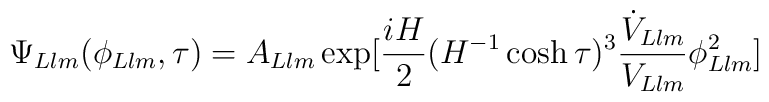
\Psi_{Llm}(\phi_{Llm},\tau)=A_{Llm} \exp[\frac{iH}{2}(H^{-1} \cosh \tau)^{3}	\frac{\dot{V}_{Llm}}{V_{Llm}} \phi_{Llm}^2]